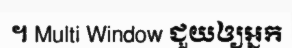
។ Multi Window ជួយឲ្យអ្នក